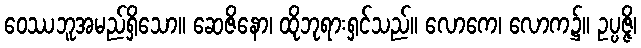
ဝေဿဘူအမည်ရှိသော။ ဆေဇိနော၊ ထိုဘုရားရှင်သည်။ လောကေ၊ လောက၌။ ဥပ္ပဇ္ဇိ၊